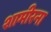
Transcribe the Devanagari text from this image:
शामीरना